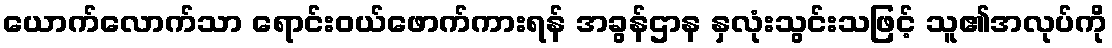
ယောက်လောက်သာ ရောင်းဝယ်ဖောက်ကားရန် အခွန်ဌာန နှလုံးသွင်းသဖြင့် သူ၏အလုပ်ကို